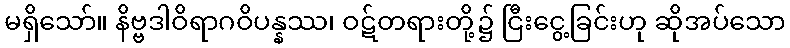
မရှိသော်။ နိဗ္ဗဒါဝိရာဂဝိပန္နဿ၊ ဝဋ်တရားတို့၌ ငြီးငွေ့ခြင်းဟု ဆိုအပ်သော